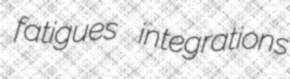
fatigues integrations